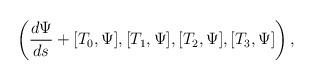
LaTeX: \begin{align*}\left(\frac{d \Psi}{ds}+[{T}_0,\Psi],[{T}_1,\Psi],[{T}_2,\Psi], [{T}_3,\Psi] \right),\end{align*}